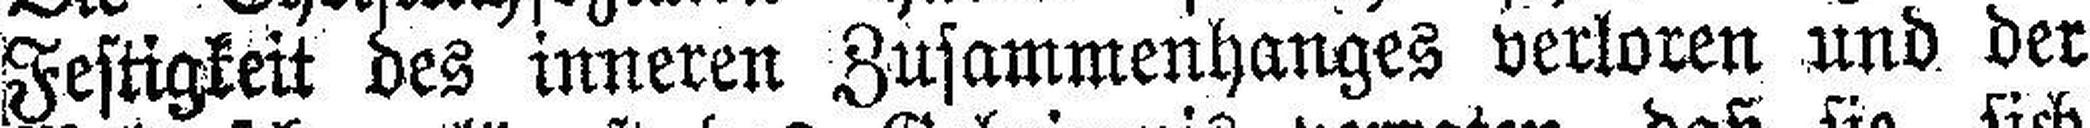
Festigkeit des inneren Zusammenhanges verloren und der